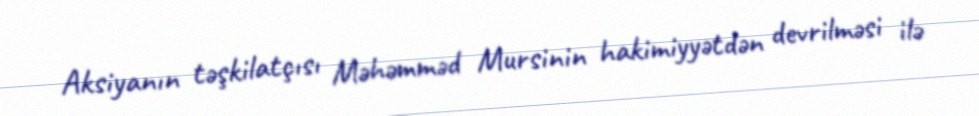
Aksiyanın təşkilatçısı Məhəmməd Mursinin hakimiyyətdən devrilməsi ilə